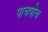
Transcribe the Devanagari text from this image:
पाचपोच